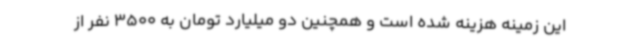
این زمینه هزینه شده است و همچنین دو میلیارد تومان به 3500 نفر از